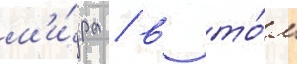
м'и́ра / в то́м